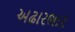
અઢારભાર